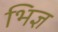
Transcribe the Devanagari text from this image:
भिज्ञ